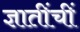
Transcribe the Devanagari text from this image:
ज्ञातींचीं